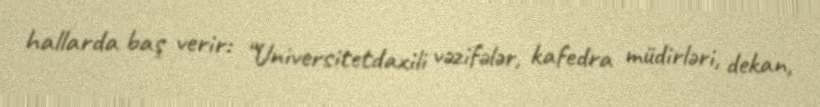
hallarda baş verir: “Universitetdaxili vəzifələr, kafedra müdirləri, dekan,